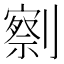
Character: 𰅄